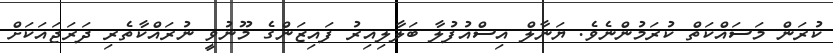
ކުރަން މަސައްކަތް ކުރަމުންނެވެ. ޔަނާލް އިސްއުފުލާ ބަލާލިއިރު ފައިޒަންގެ މޫނުވީ ނުރައްކާތެރި ދަރަޖައަކަށް